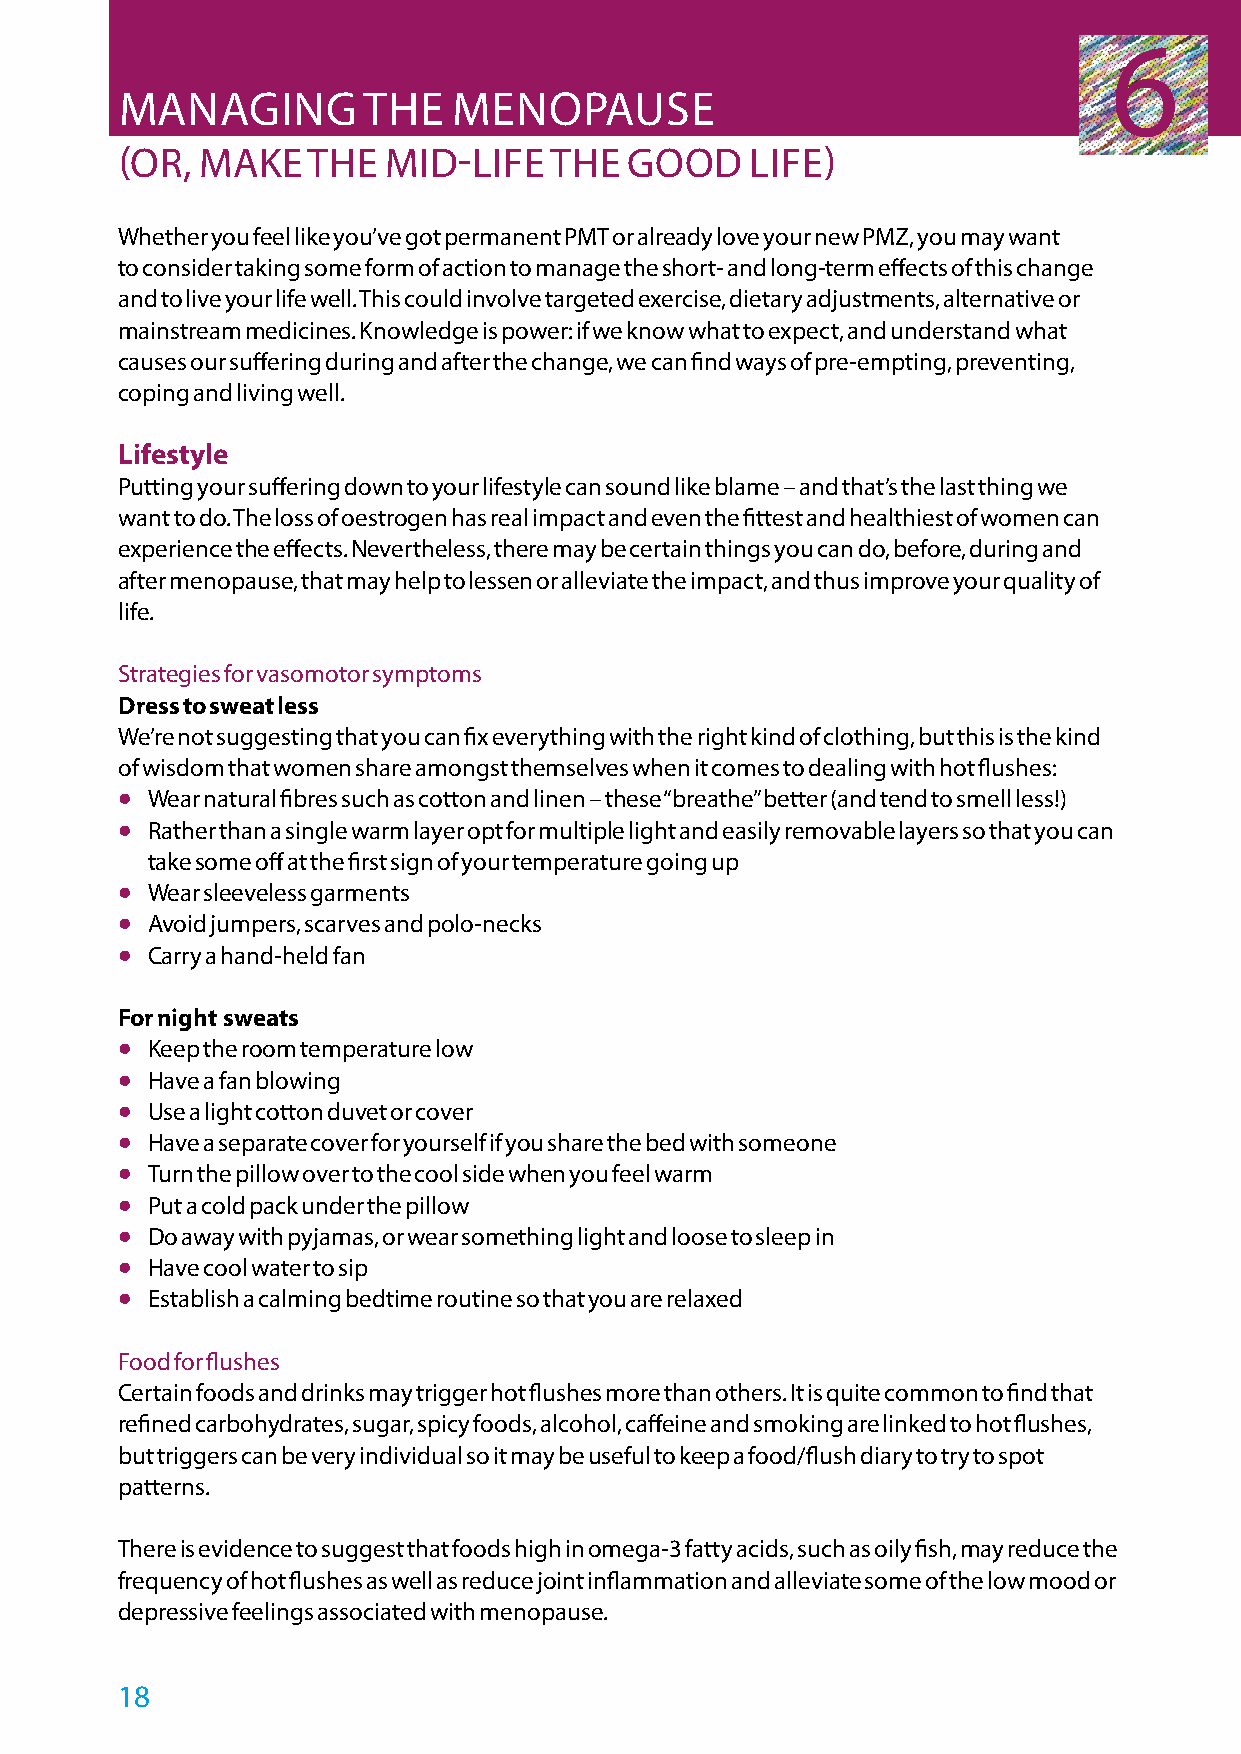
6
 MANAGING        THE   MENOPAUSE
 (OR, MAKE   THE   MID-LIFE  THE   GOOD    LIFE)
 Whether you feel like you’ve got permanent PMT or already love your new PMZ, you may want
 to consider taking some form of action to manage the short- and long-term effects of this change
 and to live your life well. This could involve targeted exercise, dietary adjustments, alternative or
 mainstream medicines. Knowledge is power: if we know what to expect, and understand what
 causes our suffering during and after the change, we can find ways of pre-empting, preventing,
 coping and living well.
 Lifestyle
 Putting your suffering down to your lifestyle can sound like blame – and that’s the last thing we
 want to do. The loss of oestrogen has real impact and even the fittest and healthiest of women can
 experience the effects. Nevertheless, there may be certain things you can do, before, during and
 after menopause, that may help to lessen or alleviate the impact, and thus improve your quality of
 life.
 Strategies for vasomotor symptoms
 Dress to sweat less
 We’re not suggesting that you can fix everything with the right kind of clothing, but this is the kind
 of wisdom that women share amongst themselves when it comes to dealing with hot flushes:
 •
 Wear natural fibres such as cotton and linen – these “breathe” better (and tend to smell less!)
 •
 Rather than a single warm layer opt for multiple light and easily removable layers so that you can
 take some off at the first sign of your temperature going up
 •
 Wear sleeveless garments
 •
 Avoid jumpers, scarves and polo-necks
 •
 Carry a hand-held fan
 For night sweats
 •
 Keep the room temperature low
 •
 Have a fan blowing
 •
 Use a light cotton duvet or cover
 •
 Have a separate cover for yourself if you share the bed with someone
 •
 Turn the pillow over to the cool side when you feel warm
 •
 Put a cold pack under the pillow
 •
 Do away with pyjamas, or wear something light and loose to sleep in
 •
 Have cool water to sip
 •
 Establish a calming bedtime routine so that you are relaxed
 Food for flushes
 Certain foods and drinks may trigger hot flushes more than others. It is quite common to find that
 refined carbohydrates, sugar, spicy foods, alcohol, caffeine and smoking are linked to hot flushes,
 but triggers can be very individual so it may be useful to keep a food/flush diary to try to spot
 patterns.
 There is evidence to suggest that foods high in omega-3 fatty acids, such as oily fish, may reduce the
 frequency of hot flushes as well as reduce joint inflammation and alleviate some of the low mood or
 depressive feelings associated with menopause.
 18